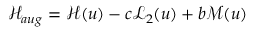
\mathcal { H } _ { a u g } = \mathcal { H } ( u ) - c \mathcal { L } _ { 2 } ( u ) + b \mathcal { M } ( u )